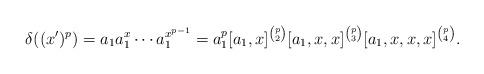
LaTeX: \begin{align*} \delta((x')^p)= a_1a_1^x\cdots a_1^{x^{p-1}}= a_1^p[a_1, x]^{{p}\choose{2}} [a_1, x, x]^{{p}\choose{3}} [a_1, x, x, x]^{{p}\choose{4}}.\end{align*}